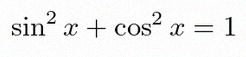
\sin^2x+\cos^2x=1